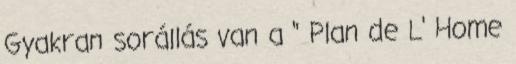
Gyakran sorállás van a " Plan de L' Home